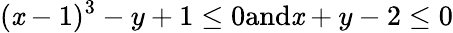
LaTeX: (\mathit{x}-1)^{3}-y+1\leq0{\mathrm{{and}}}\mathit{x}+y-2\leq0